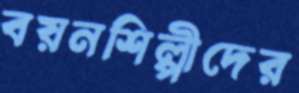
বয়নশিল্পীদের